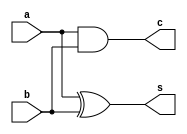
`ifndef _half_adder
`define _half_adder

module half_adder(
		input	a,
		input	b,
		output	s,
		output	c);

	assign s = a ^ b;
	assign c = a & b;

endmodule

`endif